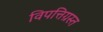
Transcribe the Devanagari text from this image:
विपत्तिग्रस्त